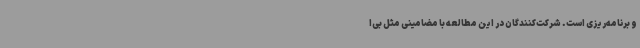
و برنامه‌ریزی است. شرکت‌کنندگان در این مطالعه با مضامینی مثل بی‌ا